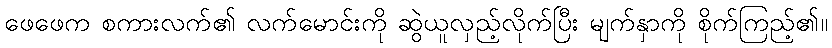
ဖေဖေက စကားလက်၏ လက်မောင်းကို ဆွဲယူလှည့်လိုက်ပြီး မျက်နှာကို စိုက်ကြည့်၏။